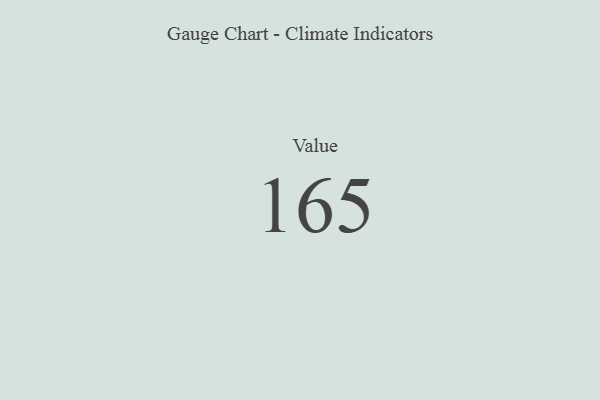
{"axis": {"x": "Metric", "y": "Value"}, "legend": [""], "data": [{"x": "Value", "y": 165, "type": ""}]}